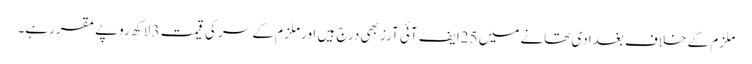
ملزم کے خلاف بغدادی تھانے میں 25ایف آئی آرز بھی درج ہیں اور ملزم کے سر کی قیمت 3 لاکھ روپے مقررہے۔